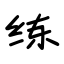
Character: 练